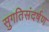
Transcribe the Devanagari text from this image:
सुगतिसंदर्षण